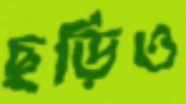
ছড়িও